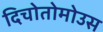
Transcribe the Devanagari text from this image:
दिचोतोमोउस